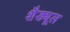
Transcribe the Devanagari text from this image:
शैड्यूल